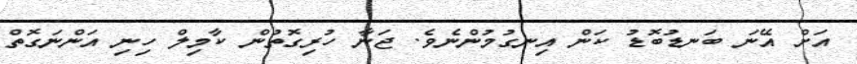
އަށް އޭނަ ބަނޑުބޮޑު ކަން އިނގުމުންނެވެ. ޖަނާ ހުރިގޮތުން ކާމިލް ހިނި އަންނަގޮތް